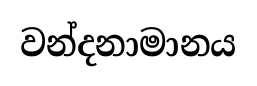
වන්දනාමානය